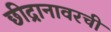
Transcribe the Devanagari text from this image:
छीद्रानावरची